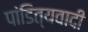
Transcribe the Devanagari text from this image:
पांडित्यवादी